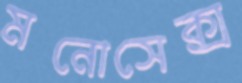
মনোসেক্স